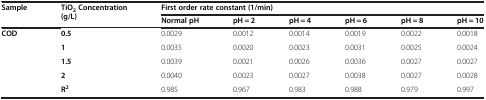
<table><thead><tr><td rowspan="2"><b>Sample</b></td><td rowspan="2"><b>TiO<sub>2</sub>Concentration (g/L)</b></td><td colspan="6"><b>First order rate constant (1/min)</b></td></tr><tr><td><b>Normal pH</b></td><td><b>pH = 2</b></td><td><b>pH = 4</b></td><td><b>pH = 6</b></td><td><b>pH = 8</b></td><td><b>pH = 10</b></td></tr></thead><tbody><tr><td rowspan="4"><b>COD</b></td><td><b>0.5</b></td><td>0.0029</td><td>0.0012</td><td>0.0014</td><td>0.0019</td><td>0.0022</td><td>0.0018</td></tr><tr><td><b>1</b></td><td>0.0035</td><td>0.0020</td><td>0.0023</td><td>0.0031</td><td>0.0025</td><td>0.0024</td></tr><tr><td><b>1.5</b></td><td>0.0039</td><td>0.0021</td><td>0.0026</td><td>0.0036</td><td>0.0027</td><td>0.0027</td></tr><tr><td><b>2</b></td><td>0.0040</td><td>0.0023</td><td>0.0027</td><td>0.0038</td><td>0.0027</td><td>0.0028</td></tr><tr><td>[EMPTY_CELL]</td><td><b>R</b><sup><b>2</b></sup></td><td>0.985</td><td>0.967</td><td>0.983</td><td>0.988</td><td>0.979</td><td>0.997</td></tr></tbody></table>